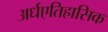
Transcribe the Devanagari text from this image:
अर्धएतिहासिक